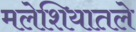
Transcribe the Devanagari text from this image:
मलेशियातले